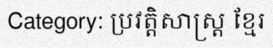
Category: ប្រវត្តិសាស្ត្រ ខ្មែរ